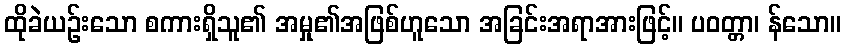
ထိုခဲယဉ်းသော စကားရှိသူ၏ အမှု၏အဖြစ်ဟူသော အခြင်းအရာအားဖြင့်။ ပဝတ္တာ၊ န်သော။